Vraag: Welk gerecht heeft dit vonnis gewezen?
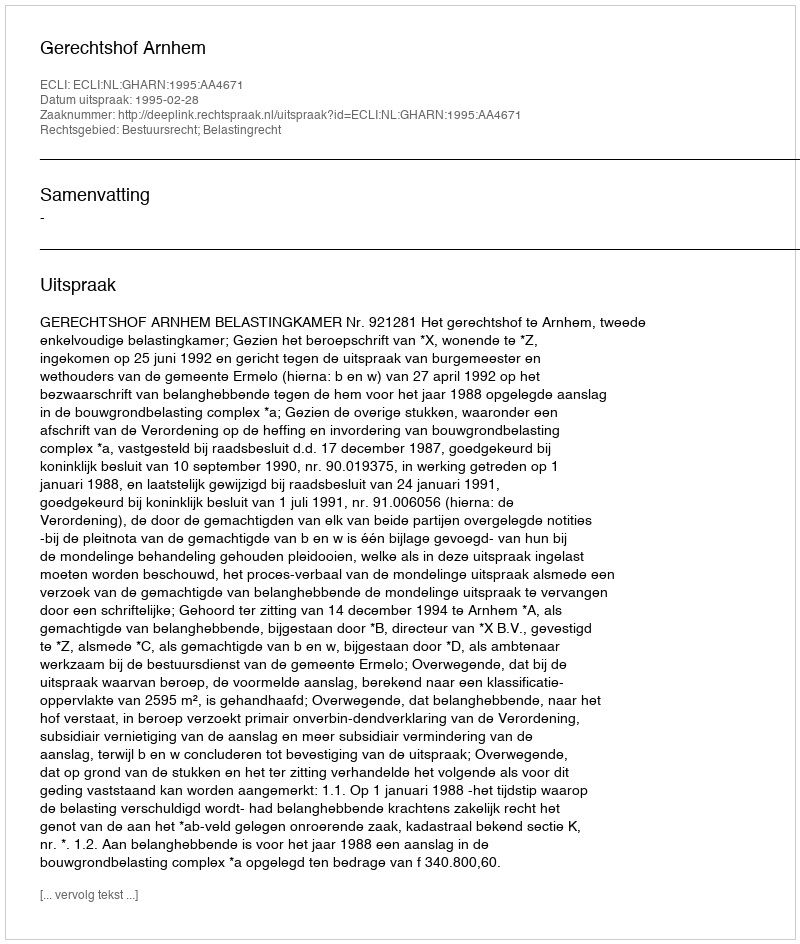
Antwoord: Gerechtshof Arnhem